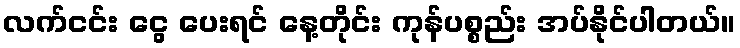
လက်ငင်း ငွေ ပေးရင် နေ့တိုင်း ကုန်ပစ္စည်း အပ်နိုင်ပါတယ်။